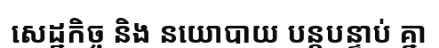
សេដ្ឋកិច្ច និង នយោបាយ បន្តបន្ទាប់ គ្នា